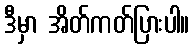
ဒီမှာ အိတ်ကတ်ပြားပါ။